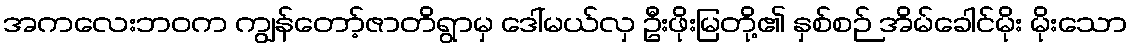
အကလေးဘဝက ကျွန်တော့်ဇာတိရွာမှ ဒေါ်မယ်လှ ဦးဖိုးမြတို့၏ နှစ်စဉ် အိမ်ခေါင်မိုး မိုးသော